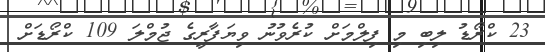
23 ކްރޯޑު ލިބި މި ފިލްމަށް ކުރެވުނު ވިޔަފާރީގެ ޖުމްލަ 109 ކްރޯޑަށް